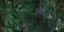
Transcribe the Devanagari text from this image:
आऊल